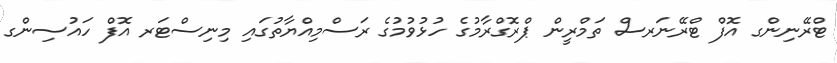
ޓްރޭނިންގ އޮފް ޓްރޭނަރސް ތަމްރީން ޕްރޮގްރާމުގެ ހުޅުވުމުގެ ރަސްމިއްޔާތުގައި މިނިސްޓަރ އޮފް ހައުސިންގ